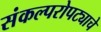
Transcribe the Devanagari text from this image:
संकल्परोपट्याचे